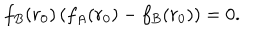
LaTeX: f _ { B } ( r _ { 0 } ) \left( f _ { A } ( r _ { 0 } ) - f _ { B } ( r _ { 0 } ) \right) = 0 .